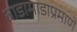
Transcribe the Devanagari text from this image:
ताडामाडाप्रमाणे